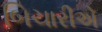
બિચારીએ